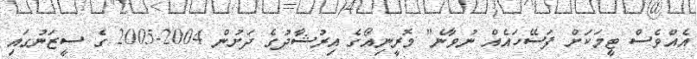
އެއްވެސް ޓީމަކަށް ފަސޭހައެއް ނުވާނެ" މޮރީނިއޯގެ އިރުޝާދުގެ ދަށުން 2004-2005 ގެ ސީޒަނުގައި